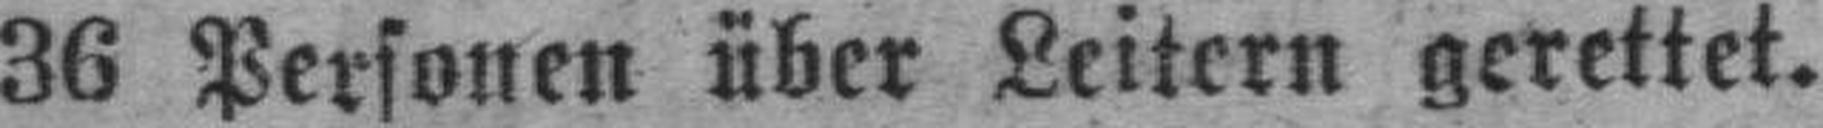
36 Personen über Leitern gerettet.